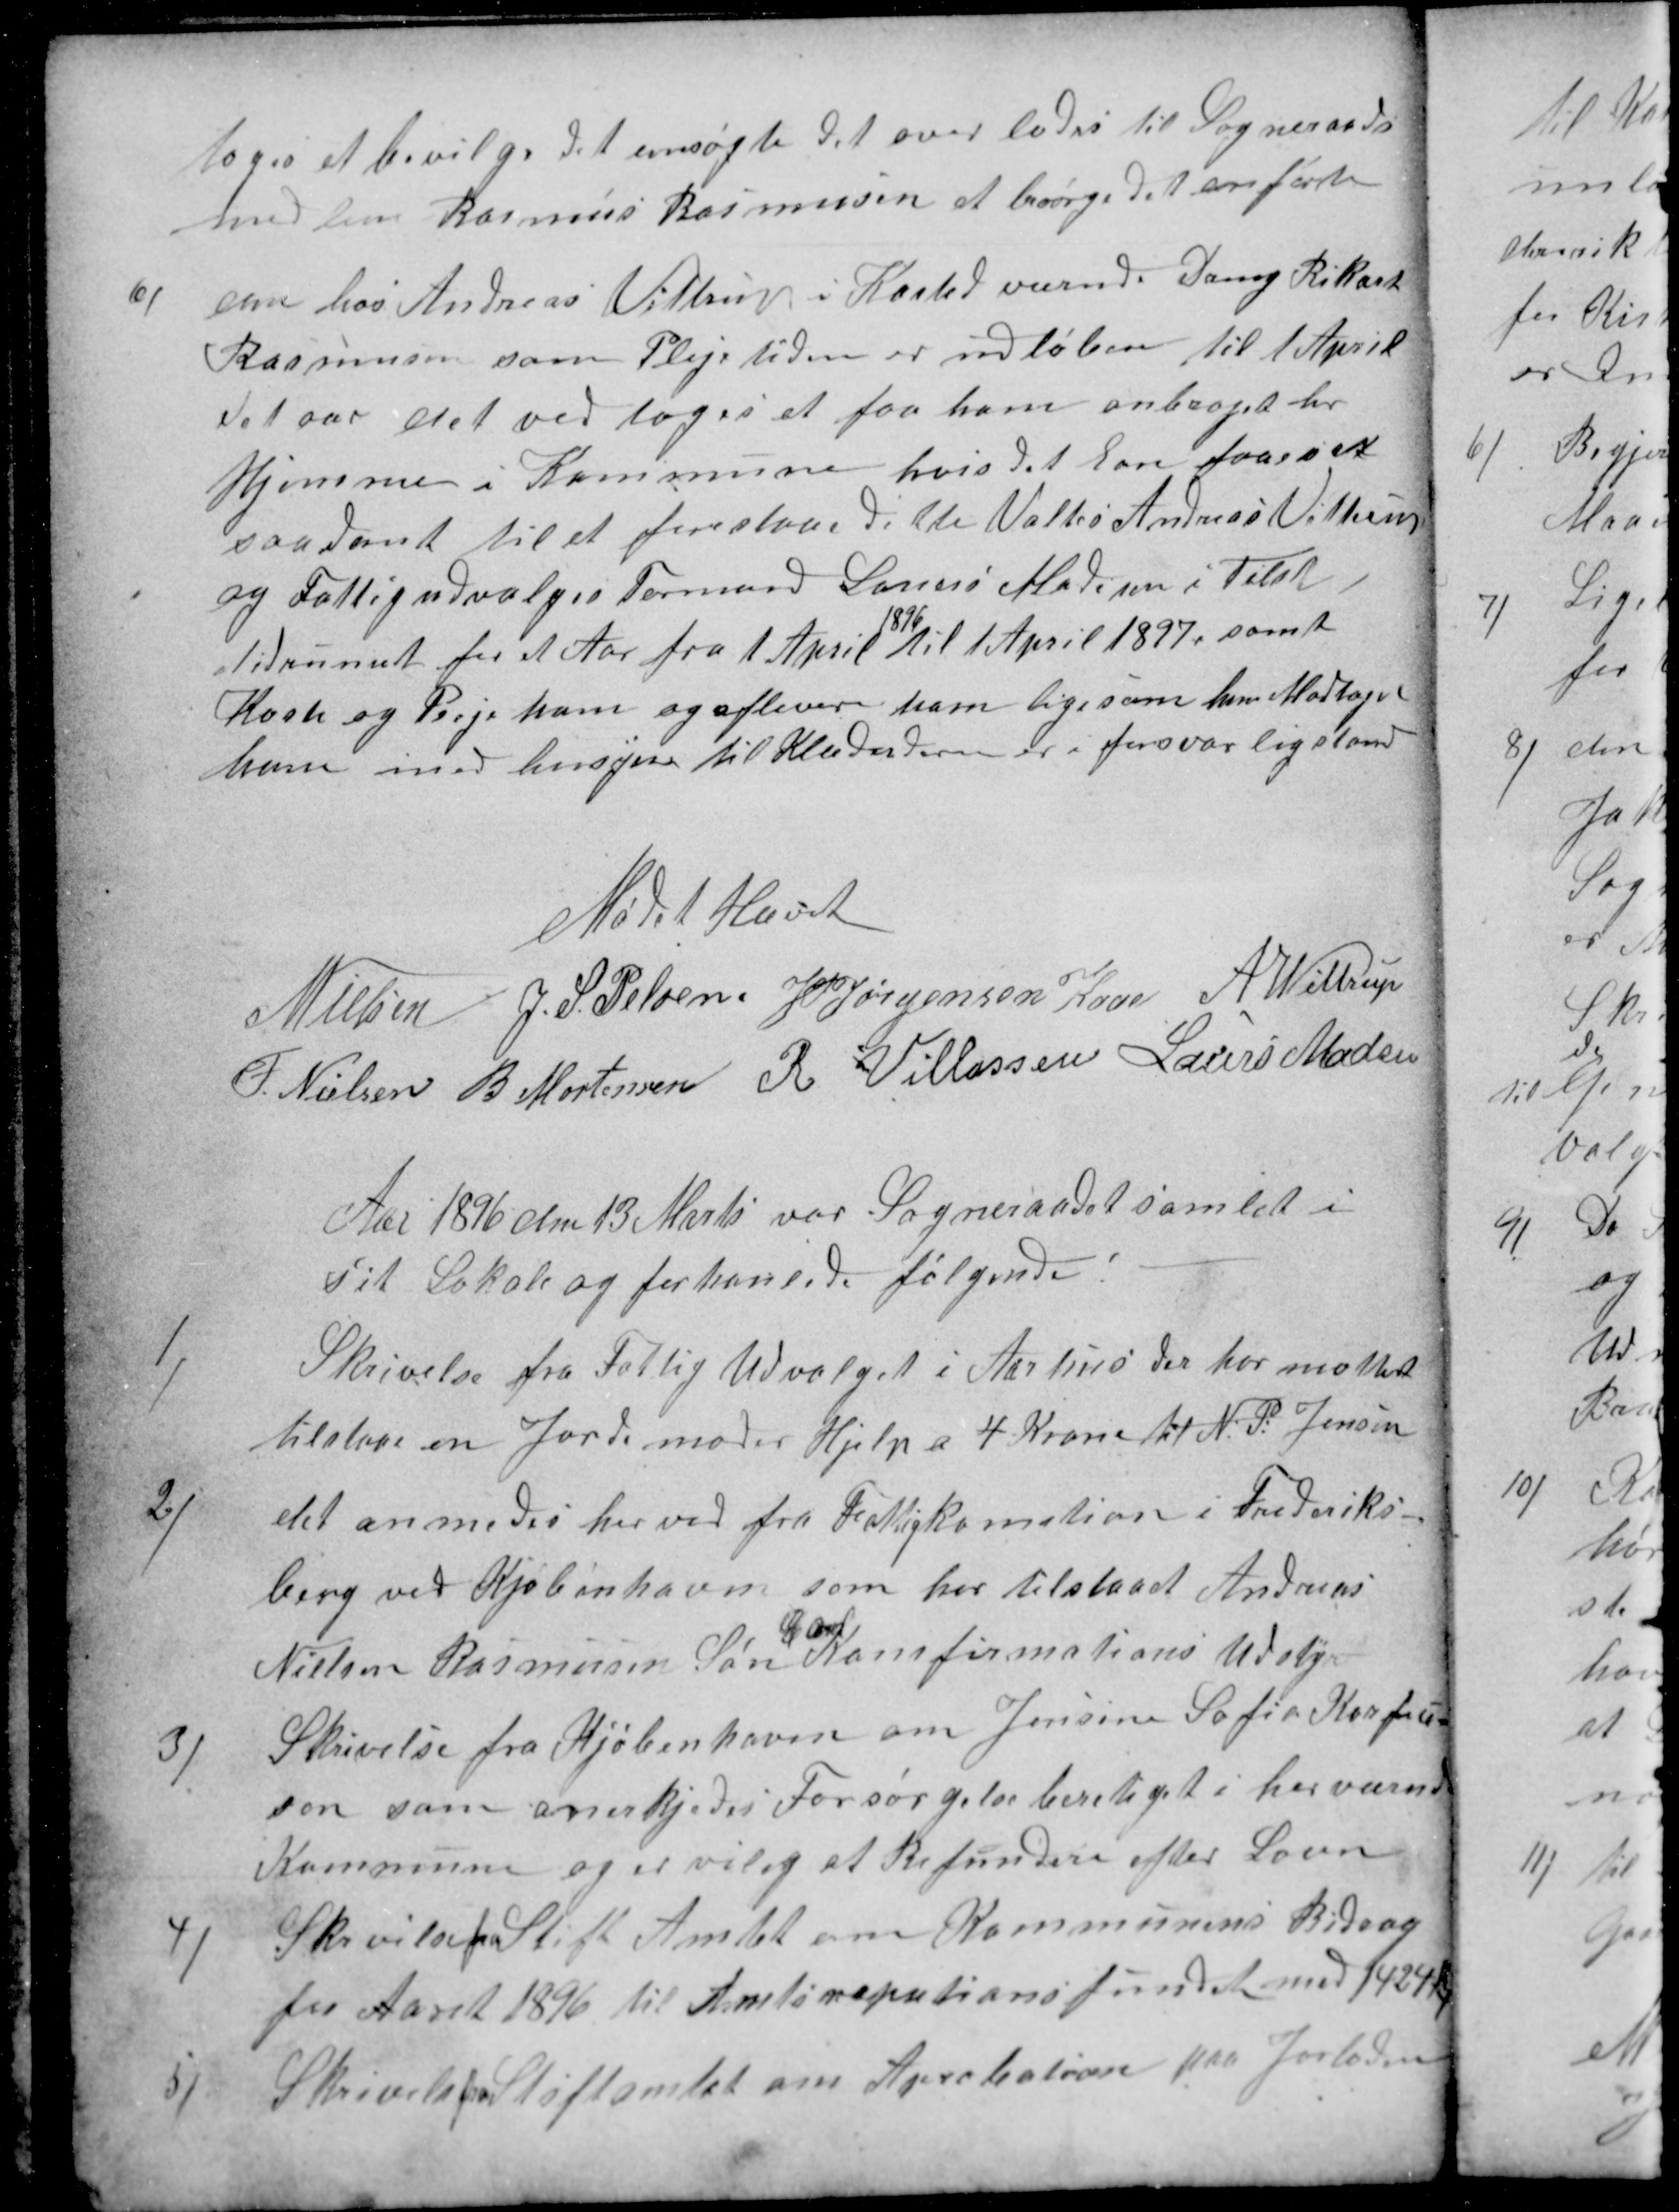
Transskription:
toges at bevilge det ansøgte det overlodes til Sogneraads
medlem Rasmus Rasmussen at besørge det anførste
6)
den hos Andreas Vittrup i Kasted værende Dreng Rikart
Rasmussen som Plejetiden er udløben til 1 April
det aar det vedtoges at faa ham anbragt her
Hjemme i Kommune hvis det kan faaes et
saadant til at forestaae dette Valtes Andreas Vittrup
og Fattigudvalges Formand Lauers Madsen i Tilst
Tidrummet for et Aar fra 1 April 
1896
til 1 April 1897, samt
Kost og Pleje ham og aflevere ham lige som han Modtaget
ham med hensyn til Klæder der er i forsvarlig stand
Mødet Hævet
N Nielsen
J. S. Pelsen
J PJørgensen Kaae
A. Wittrup
F. Nielsen
B Mortensen
R Villassen
Laurs Madsen
Aar 1896 den 13 Marts var Sogneraadet samlet i
sit Lokale og forhanlede følgende:
1)
Skrivelse fra Fattig Udvalget i Aarhus der har mottet
tilstaae en Jordemoder Hjelp a 4 Kroner til N: P: Jensen
2)
det anmodes her ved fra Fattigkomation i Frederiks-
berg ved Kjøbenhavn som har tilstaaet Andreas
Nielsen Rasmussen Søn
Carl
Konfirmations Udstyr
3)
Skrivelse fra Kjøbenhavn om Jensine Sofie Korfiu-
sen som anerkjedes Forsørgelsesberetiget i herværende
Kommune og er vilig at Refundere efter Lovn
4)
Skrvelse fra Stift Amtet om Kommunens Bidrag
for Aaret 1896 til Amtsrepationsfundet med 1424 Kr
5)
Skrivelsen fra Stiftamtet om Aprobation paa Jorloden